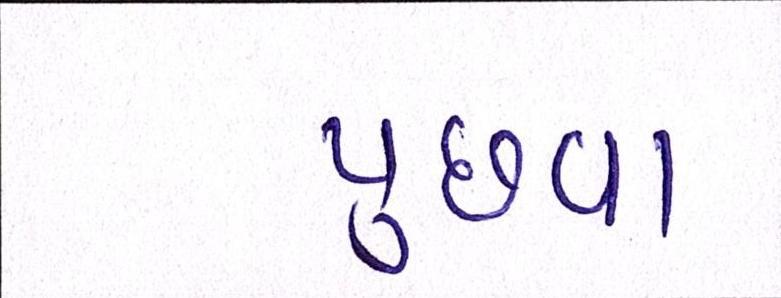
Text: પુછવા